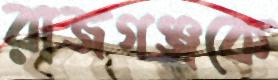
রাজগঞ্জকে